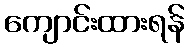
ကျောင်းထားရန်